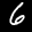
Label: 6